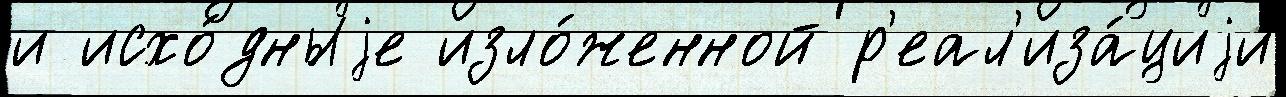
и исхо́дныjе изло́женной р'еал'иза́циjи